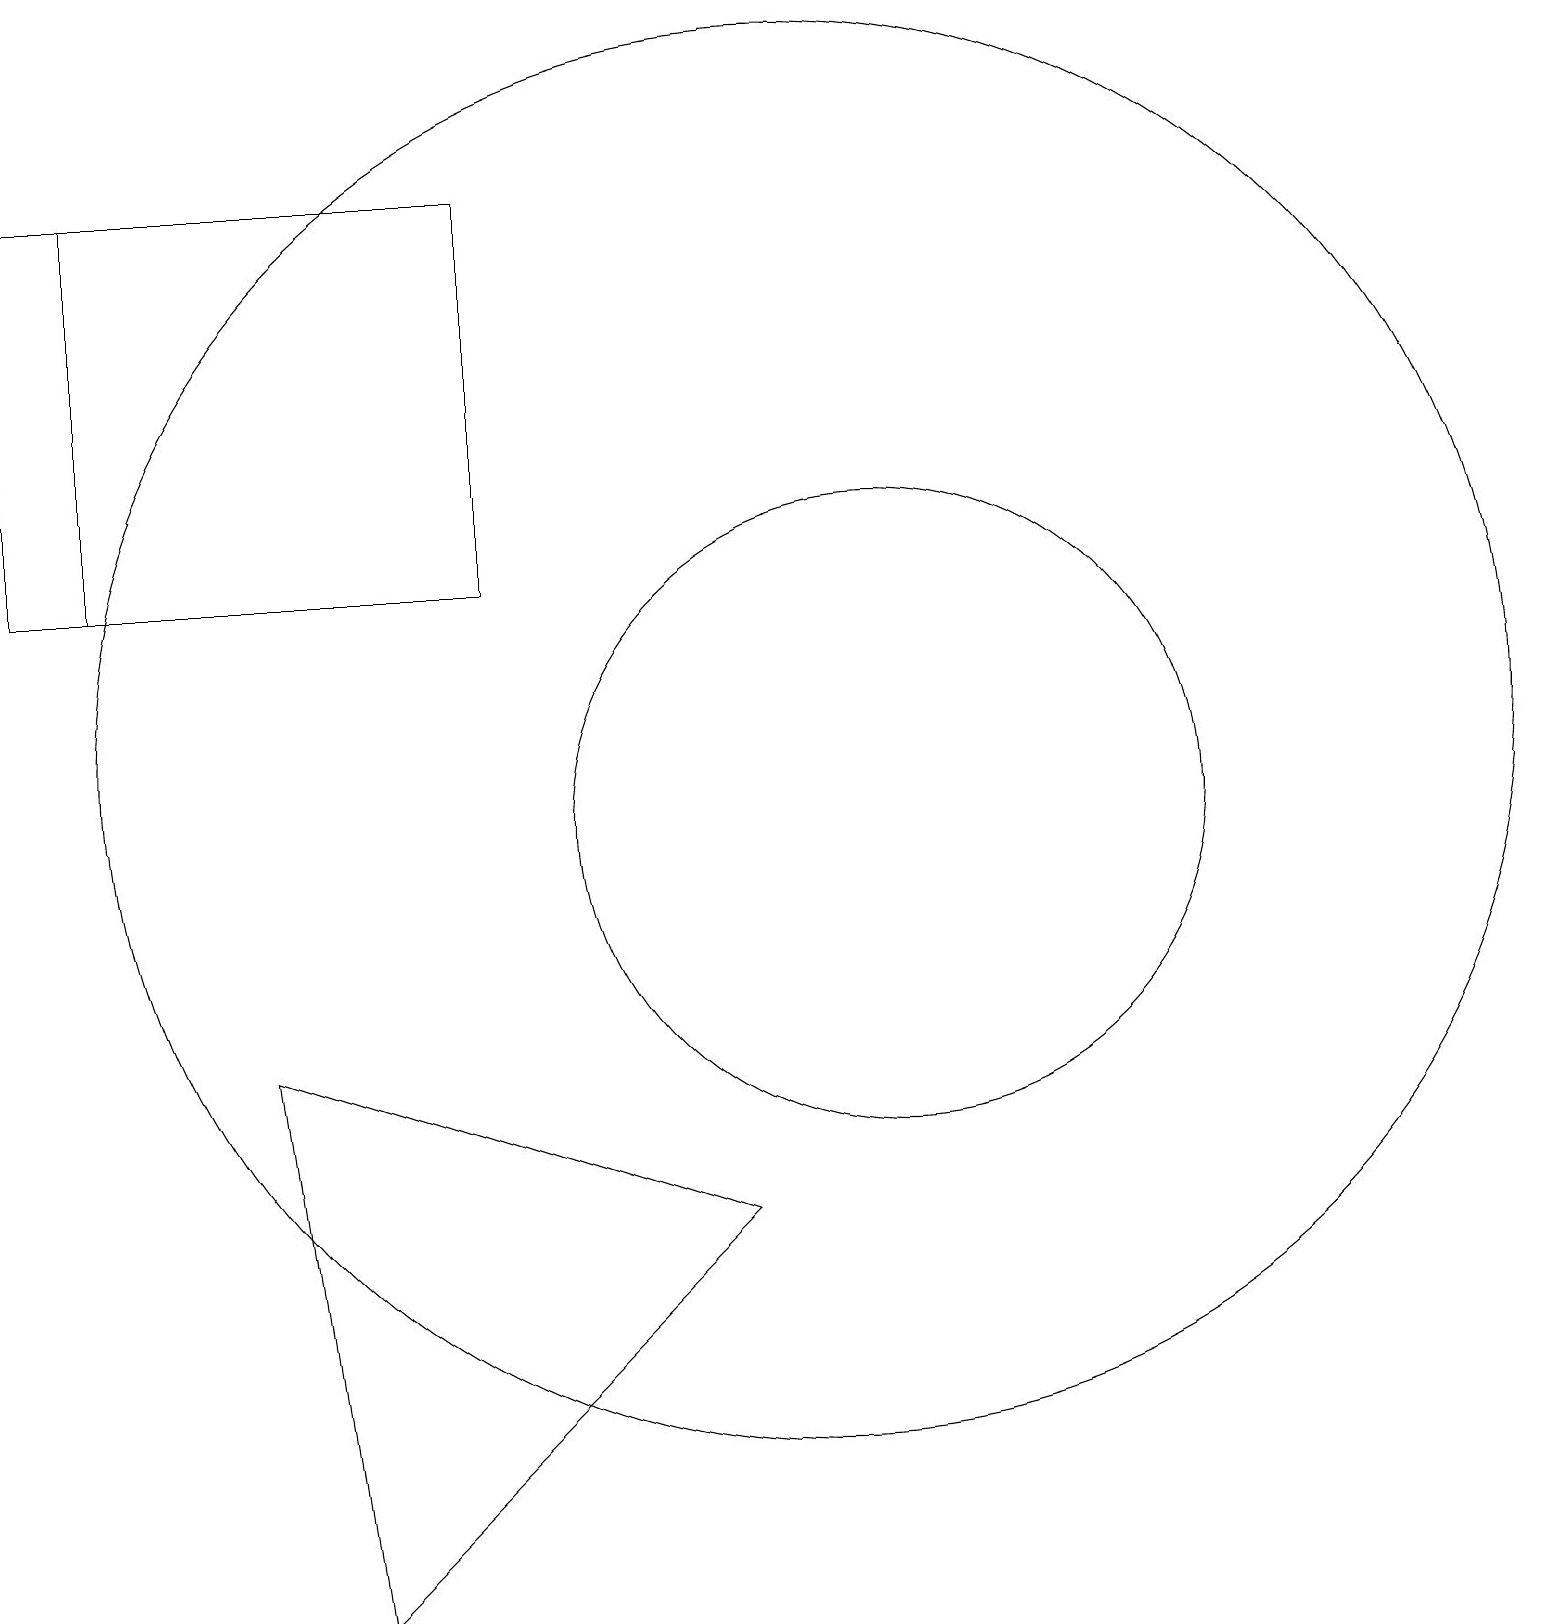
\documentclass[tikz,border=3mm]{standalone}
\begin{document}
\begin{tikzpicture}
\draw (4,0) -- (9,5) -- (3,7) -- cycle;
\draw (0,13) rectangle (1,18);
\draw (10,11) circle (9);
\draw (0,18) rectangle (6,13);
\draw (11,10) circle (4);
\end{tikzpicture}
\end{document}